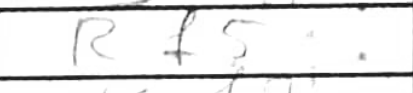
Transcription: Rf5